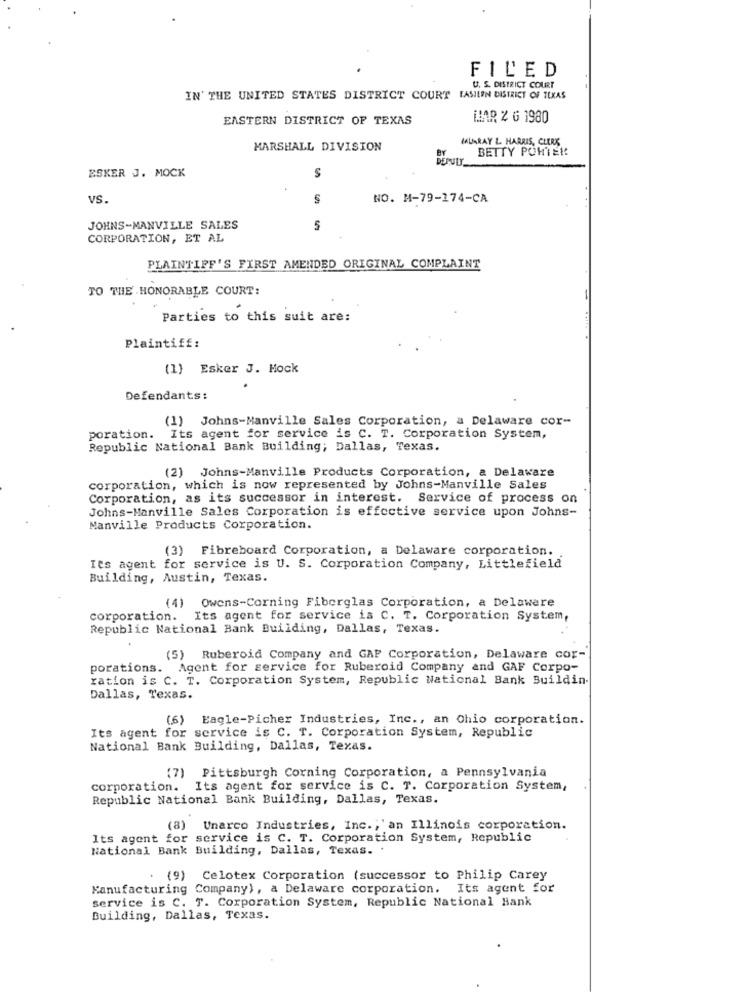
FILED
U. S. DISTRICT COURT
--
IN' THE UNITED STATES DISTRICT COURT FASIEN DISTRICT OF TEXAS
EASTERN DISTRICT OF TEXAS
WAR 2 6 1980
MALINRAY L. HARRIS, CLERK
MARSHALL DIVISION
BETTY POWIER
ESKER J. MOCK
S
VS.
NO. M-79-174-CA
JOHNS-MANVILLE SALES
5
CORPORATION, ET AL
PLAINTIFF'S FIRST AMENDED ORIGINAL COMPLAINT
TO THE HONORABLE COURT:
Parties to this suit are:
Plaintiff:
(1) Esker J. Mock
Defendants:
(1) Johns-Manville Sales Corporation, a Delaware cor-
poration. Its agent for service is C. T. Corporation System,
Republic National Bank Building; Dallas, Texas.
(2) Johns-Manville Products Corporation, a Delaware
corporation, which is now represented by Johns-Manville Sales
Corporation, as its successor in interest. Service of process on
Johns-Manville Sales Corporation is effective service upon Johns-
Manville Products Corporation.
(3) Fibreboard Corporation, a Delaware corporation.
Its agent for service is U. S. Corporation Company, Littlefield
Building, Austin, Texas.
(4) Owens-Corning Fiberglas Corporation, a Delawere
corporation. Its agent for service is C. T. Corporation System,
Republic National Bank Building, Dallas, Texas.
(5) Ruberoid Company and GAP Corporation, Delaware cor-
porations. Agent for service for Ruberoid Company and GAF Corpo-
ration is C. T. Corporation System, Republic National Bank Buildin-
Dallas, Texas.
(6) Eagle-Picher Industries, Inc ., an Ohio corporation.
Its agent for service is C. T. Corporation System, Republic
National Bank Building, Dallas, Texas.
(7) Pittsburgh Corning Corporation, a Pennsylvania
corporation. Its agent for service is C. T. Corporation System,
Republic National Bank Building, Dallas, Texas.
(8) Unarco Industries, Inc. , ' an Illinois corporation.
Its agent for service is C. T. Corporation System, Republic
National Bank Building, Dallas, Texas. .
. (9) Celotex Corporation (successor to Philip Carey
Manufacturing Company), a Delaware corporation. Its agent for
service is C. T. Corporation System, Republic National Bank
Building, Dallas, Texas.